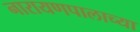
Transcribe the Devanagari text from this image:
नारायणपालाच्या